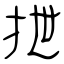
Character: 抴